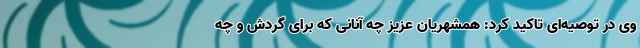
وی در توصیه‌ای تاکید کرد: همشهریان عزیز چه آنانی که برای گردش و چه